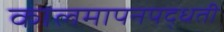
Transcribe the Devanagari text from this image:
कालमापनपद्धती